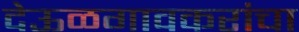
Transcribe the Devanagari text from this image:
देऊळगावकरांचा